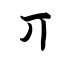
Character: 丌